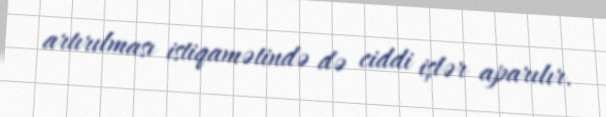
artırılması istiqamətində də ciddi işlər aparılır.